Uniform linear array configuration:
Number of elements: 48
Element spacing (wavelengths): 1
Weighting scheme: exponential
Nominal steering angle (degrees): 0
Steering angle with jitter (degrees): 1.579
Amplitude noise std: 0.05
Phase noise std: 0.05

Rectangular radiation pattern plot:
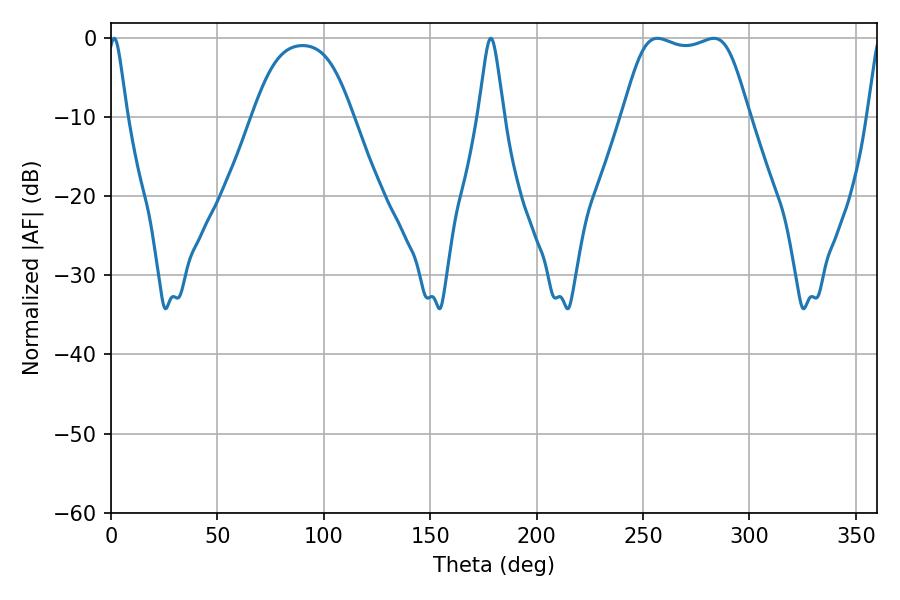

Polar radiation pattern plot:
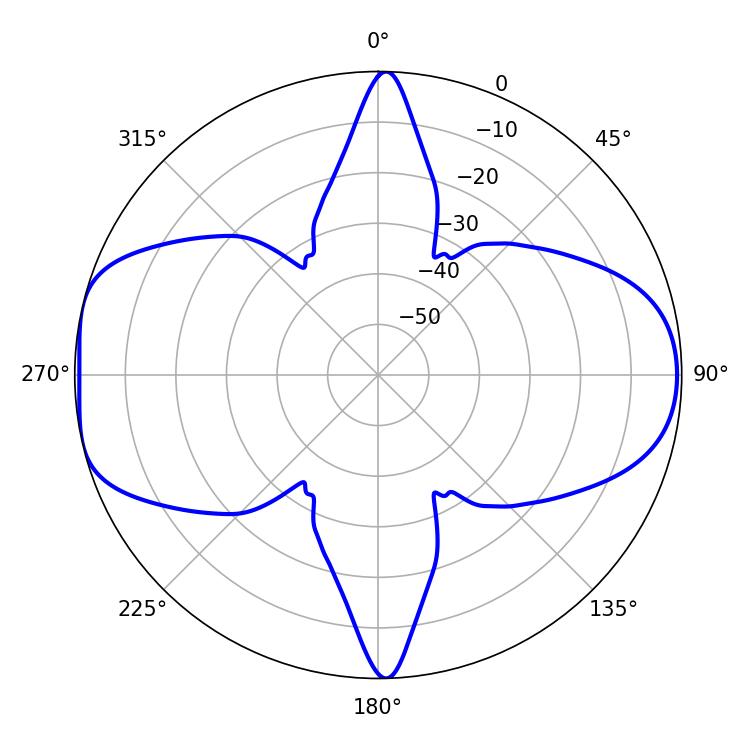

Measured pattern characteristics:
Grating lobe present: TRUE
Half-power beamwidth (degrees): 45
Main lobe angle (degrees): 256.68